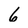
Character: 6